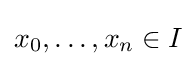
x_{0},\ldots ,x_{n}\in I